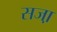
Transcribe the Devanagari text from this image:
सजा़